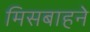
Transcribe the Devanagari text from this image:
मिसबाहने